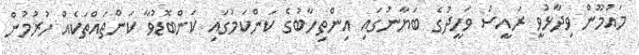
މައުމޫން ވިދާޅުވީ ރައީސް ވަހީދުގެ ބަޔާނުގައި އިންތިހާބުގެ ކަންކަމުގައި ކަންބޮޑުވާ ކަންތައްތަކެއް ހުރުމުން